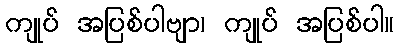
ကျုပ် အပြစ်ပါဗျာ၊ ကျုပ် အပြစ်ပါ။